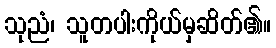
သုညံ၊ သူတပါးကိုယ်မှဆိတ်၏။